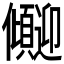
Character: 𫤏